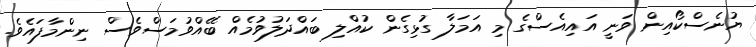
ޔުނެސްކޯއިން ވަނީ އައިއެސްގެ މި އަމަލާ ގުޅިގެން ކުއްލި ބައްދަލުވުމެއް ބޭއްވުމަސްވެސް ނިންމާފައެވެ.